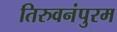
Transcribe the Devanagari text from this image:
तिरुवनंपुरम